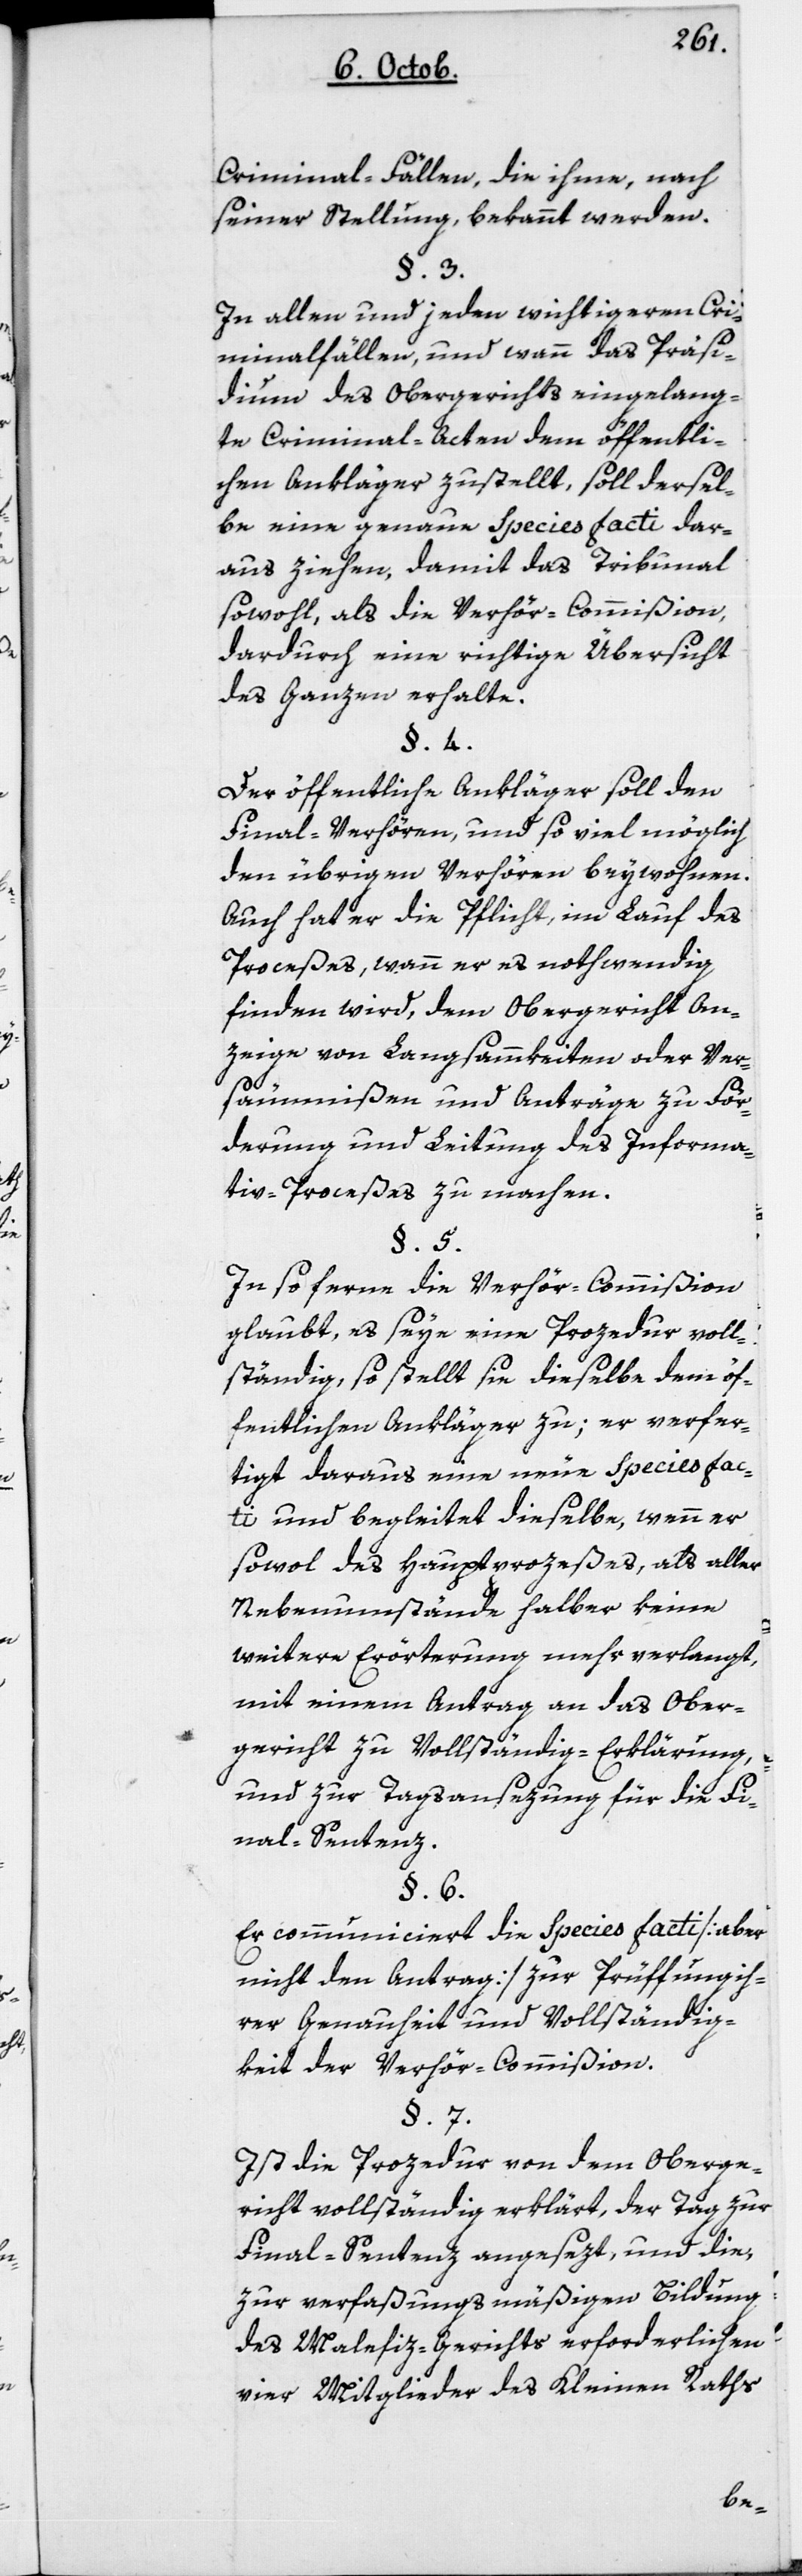
Criminalfällen, die ihme, nach
seiner Stellung, bekannt werden.
In allen und jeden wichtigeren Cri¬
minalfällen, und wann das Präsi¬
dium des Obergerichts eingelang¬
te Criminal-Acten dem öffentli¬
chen Ankläger zustellt, soll dersel¬
be eine genaue Species facti dar¬
aus ziehen, damit das Tribunal
sowohl, als die Verhör-Commißion,
dardurch eine richtige Übersicht
des Ganzen erhalte.
Der öffentliche Ankläger soll den
Finalverhören, und so viel möglich
den übrigen Verhören beywohnen.
Auch hat er die Pflicht, im Lauf des
Proceßes, wann er es notwendig
finden wird, dem Obergericht An¬
zeige von Langsammkeiten oder Ver¬
säumnißen und Anträge zu För¬
derung und Leitung des Informa¬
tiv-Proceßes zu machen.
Insofern die Verhör-Commißion
glaubt, es seye eine Prozedur voll¬
ständig, so stellt sie dieselbe dem öf¬
fentlichen Ankläger zu; er verfer¬
tigt daraus eine neue Species fac¬
ti und begleitet dieselbe, wenn er
sowohl des Hauptprozeßes, als aller
Nebenumstände halber keine
weitere Erörterung mehr verlangt,
mit einem Antrag an das Ober¬
gericht zu Vollständig-Erklärung
und zur Tagsansezung für die Fi¬
nal-Sentenz.
Er communiciert die Species facti [aber
nicht den Antrag] zur Prüfung ih¬
rer Genauigkeit und Vollständig¬
keit der Verhörcommißion.
Ist die Procedur von dem Oberge¬
richt vollständig erklärt, der Tag zur
Finalsentenz angesezt, und die,
zur verfaßungsmäßigen Bildung
des Malefiz-Gerichts erforderlichen
vier Mitglieder des Kleinen Raths